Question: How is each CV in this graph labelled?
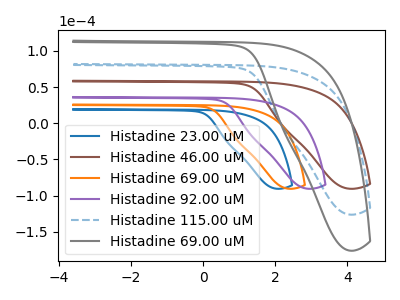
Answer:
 <answer>The blue curve is labeled "Histadine 23.00 uM". The brown curve is labeled "Histadine 46.00 uM". The orange curve is labeled "Histadine 69.00 uM". The purple curve is labeled "Histadine 92.00 uM". The blue dashed curve is labeled "Histadine 115.00 uM". The gray curve is labeled "Histadine 69.00 uM".</answer>
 <eval></eval>